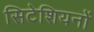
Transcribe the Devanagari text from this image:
सिटेशियनों